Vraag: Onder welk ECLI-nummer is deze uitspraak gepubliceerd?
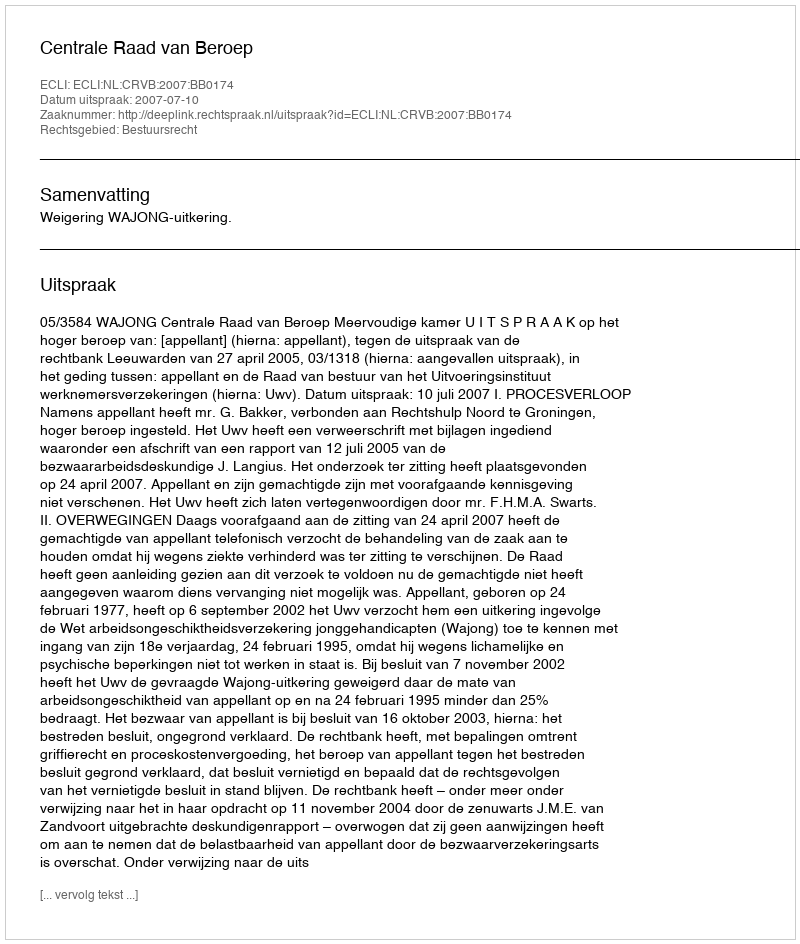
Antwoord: ECLI:NL:CRVB:2007:BB0174